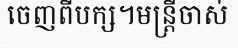
ចេញពីបក្ស។មន្ត្រីចាស់